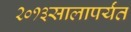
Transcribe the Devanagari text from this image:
२०१३सालापर्यंत